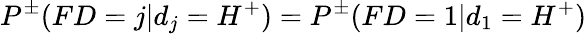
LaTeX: P^{\pm}(FD=j|d_{j}=H^{+})=P^{\pm}(FD=1|d_{1}=H^{+})